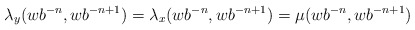
\begin{align*}\lambda_y(wb^{-n}, wb^{-n+1})= \lambda_x(wb^{-n}, wb^{-n+1}) = \mu(wb^{-n}, wb^{-n+1})\end{align*}